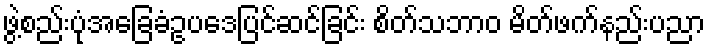
ဖွဲ့စည်းပုံအခြေခံဥပဒေပြင်ဆင်ခြင်း စိတ်သဘာဝ မိတ်ဖက်နည်းပညာ